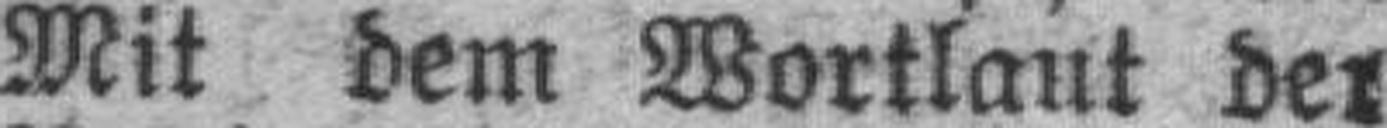
Mit dem Wortlaut der